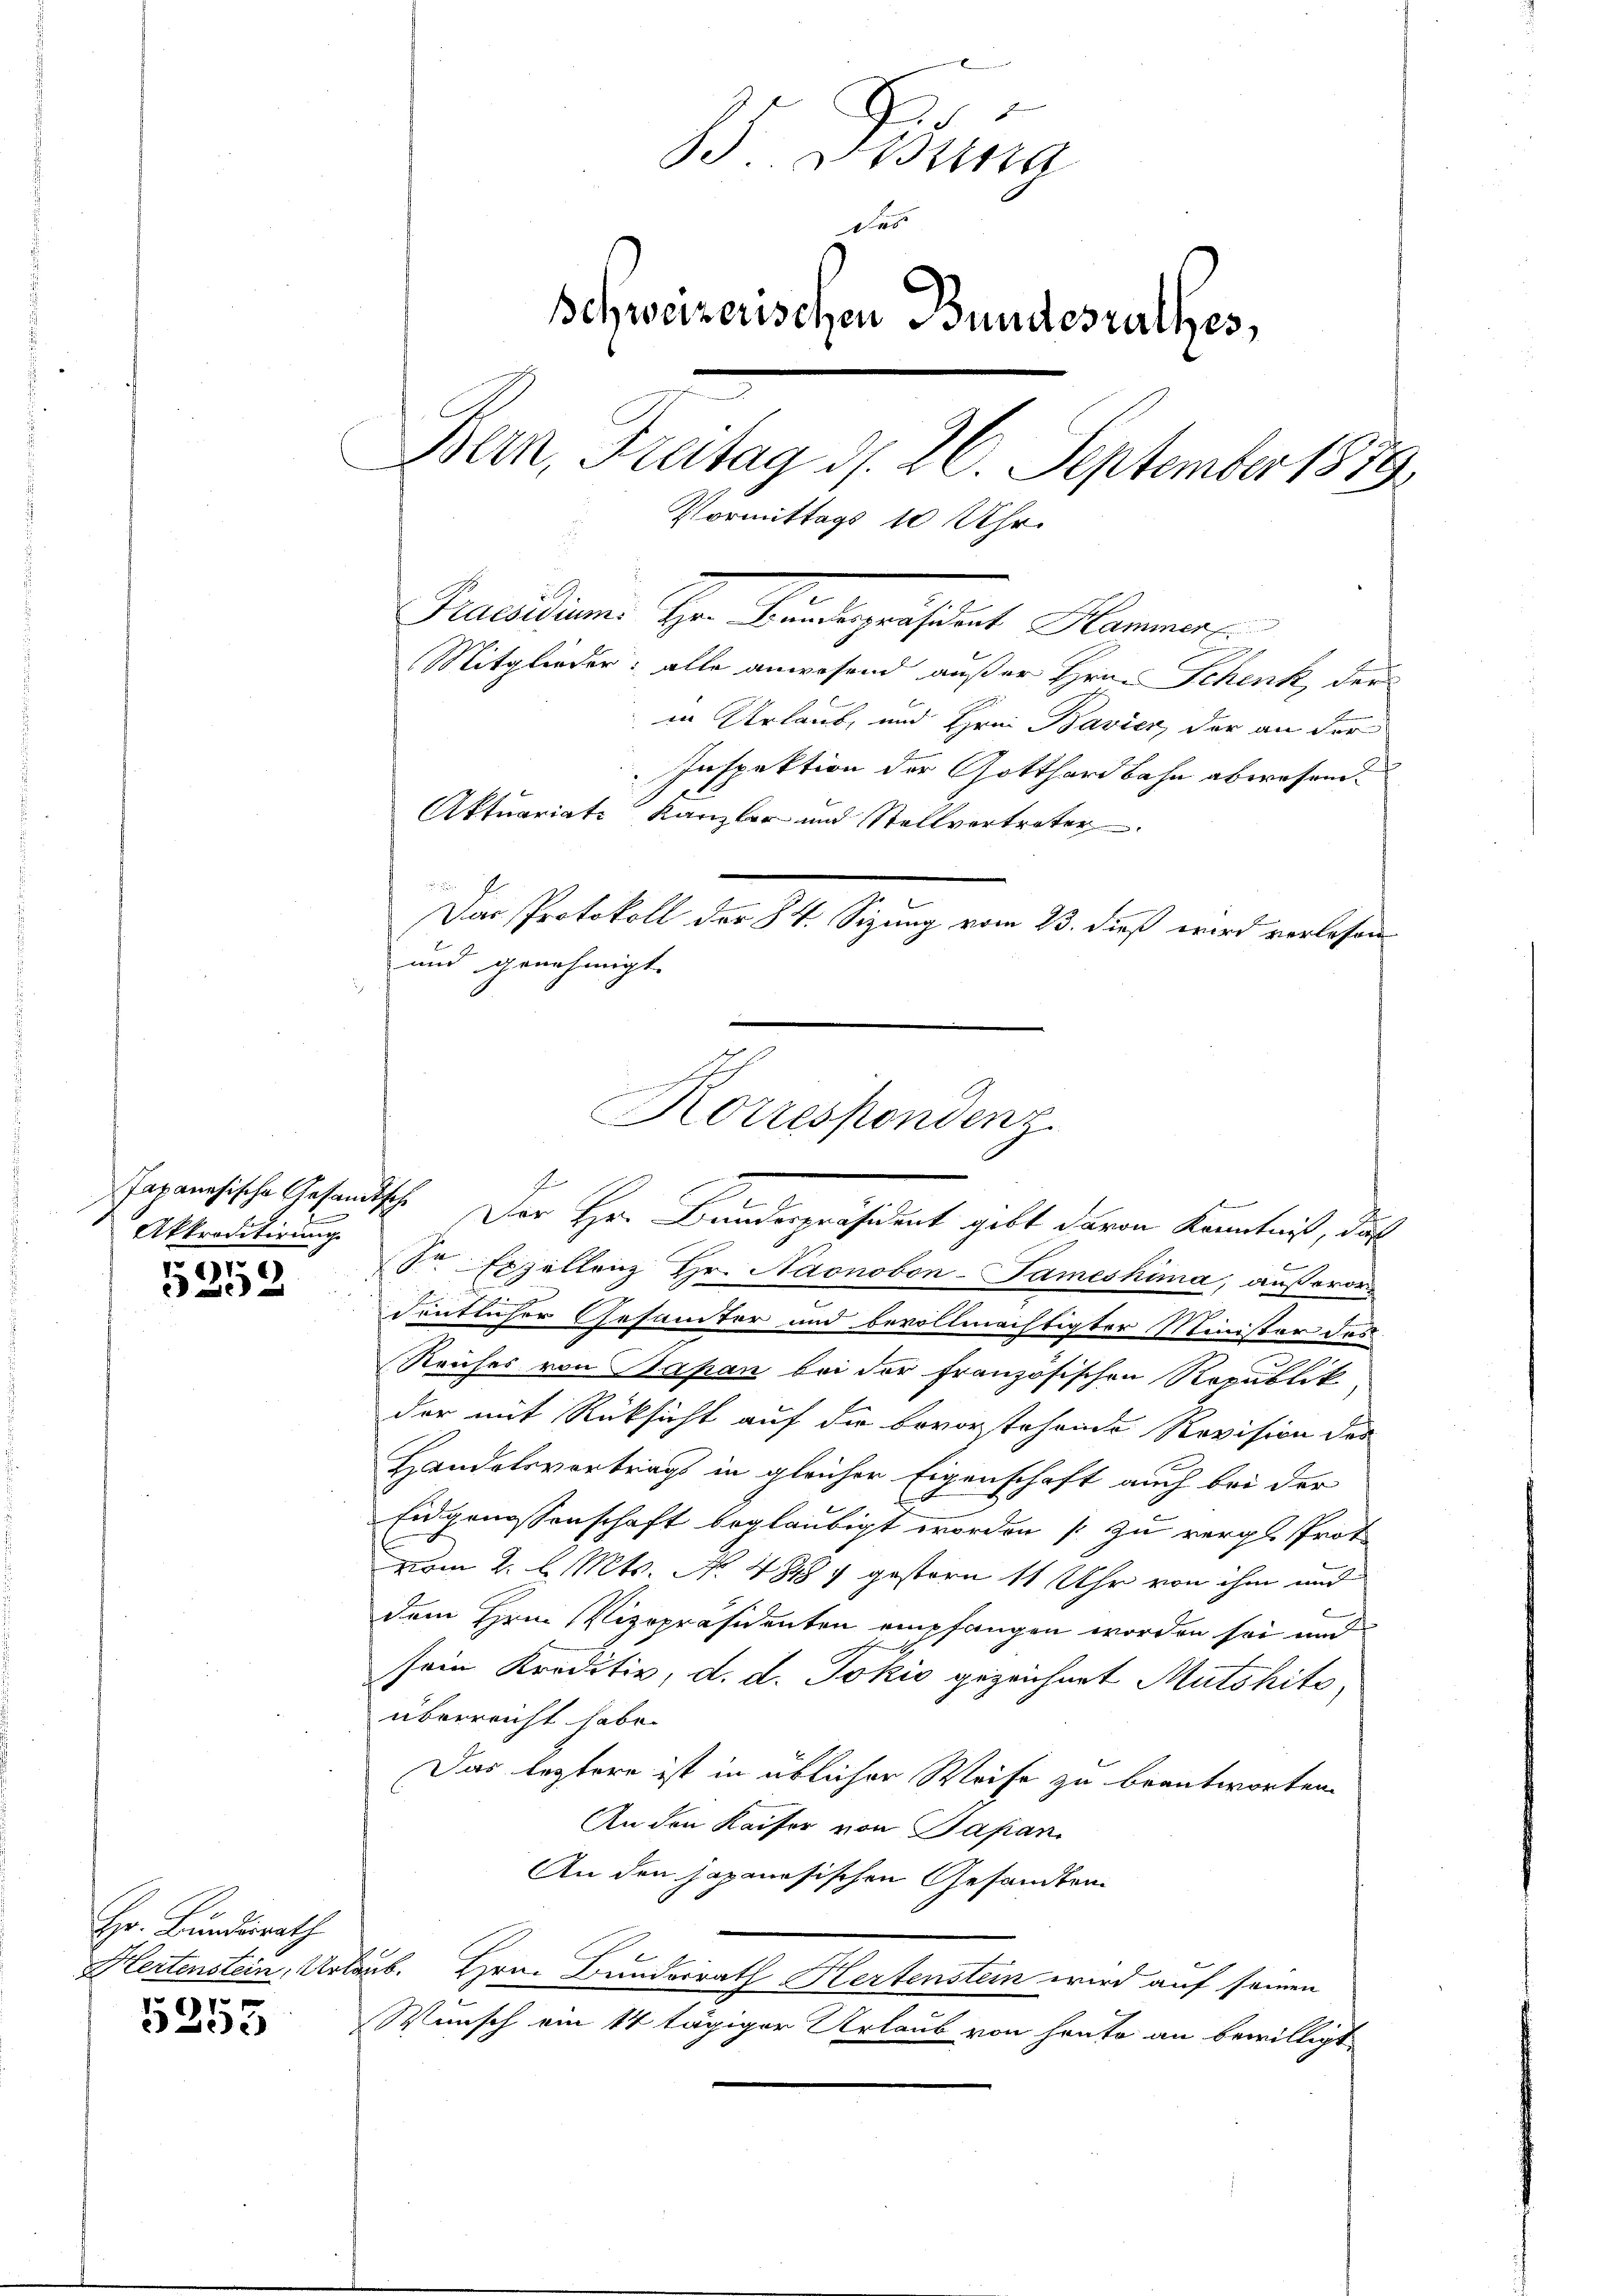
Akkreditirung

r 61
.

Hr. Bundesrath
Hertenstein, Ur

67
5653

B. Ordung
Das
Schweizerischen Bundesrathes,
Bern, Freitag d. 26. September 1879.
Vormittags 10 Uhr.
Percellen der Kindegestalt Hornen

Mitglieder: alle anwesend außer Hrn. Schenk, der
in Urlaub, und Hrni Bavier, der an der
Inspektion der Gotthardbahn abwesend.
Aktuariat Kanzler und Stellvertraten
Das Protokoll der § 4. Sizung vom 23. dieß wird verlesen
und genehmigt.
apanesische Gesandtsch. Der Hr. Bundespräsident gibt davon Kenntniß, daß
Sr Expellenz Hr. Naonobon-Jameshima, außeror
zu
dentlicher Gesamter und bevollmächtigter Minister des
Reiches von Sapan bei der französischen Republik,
der mit Rücksicht auf die bevorstehende Revision des
Handelsvertrags in gleicher Eigenschaft auch bei der
Eidgenossenschaft beglaubigt worden [zu vergl. Prot
vom 2. d. Mts. N. 4. gestern 11 Uhr von ihm und
dem Hrn. Vizepräsidenten empfangen worden sei und
sein Kreditiv, d. d. Jokić gezeichnet Mutshito,
überreicht habe.
Das leztere ist in üblicher Weise zu beantworten.
An den Kaiser von Japan
An den japanesischen Gesandten.
laub. Hrn. Bunderrath Hertenstein wird auf seinen
Wunsch ein 14 tägiger Urlaub von heute an bewilligt,

n hat
Korrespondenz.